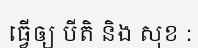
ធ្វើឲ្យ បីតិ និង សុខ :